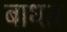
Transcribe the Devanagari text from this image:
बाधत